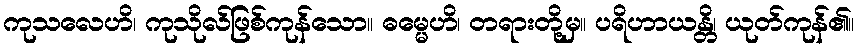
ကုသလေဟိ၊ ကုသိုလ်ဖြစ်ကုန်သော။ ဓမ္မေဟိ၊ တရားတို့မှ။ ပရိဟာယန္တိ၊ ယုတ်ကုန်၏။